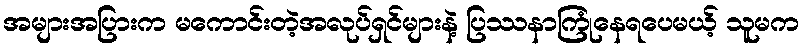
အများအပြားက မကောင်းတဲ့အလုပ်ရှင်များနဲ့ ပြဿနာကြုံနေရပေမယ့် သူမက